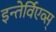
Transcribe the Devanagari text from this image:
इन्तेर्विएव्स्